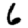
Digit: 6